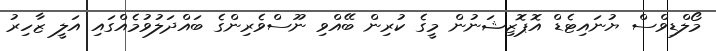
މޯލްޑިވްސް ޔުނައިޓެޑް އޮޕޮޒިޝަނުން މީގެ ކުރިން ބޭއްވި ނޫސްވެރިންގެ ބައްދަލުވުމެއްގައި އަލީ ޒާހިރު